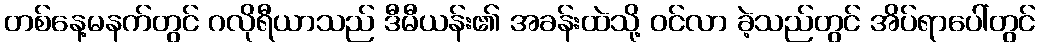
တစ်နေ့မနက်တွင် ဂလိုရီယာသည် ဒီမီယန်း၏ အခန်းထဲသို့ ဝင်လာ ခဲ့သည်တွင် အိပ်ရာပေါ်တွင်